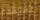
تفتقده